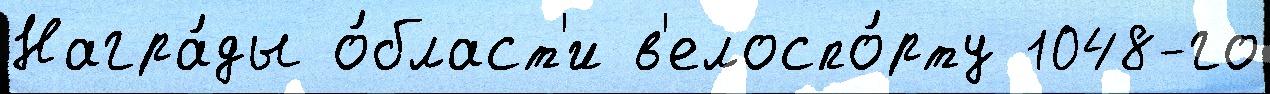
Награ́ды о́бласт'и в'елоспо́рту 1048-го